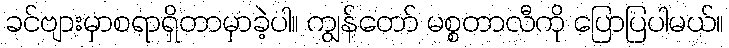
ခင်ဗျားမှာစရာရှိတာမှာခဲ့ပါ။ ကျွန်တော် မစ္စတာလီကို ပြောပြပါမယ်။